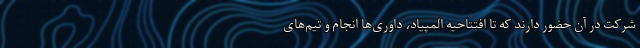
شرکت در آن حضور دارند که تا افتتاحیه المپیاد، داوری‌ها انجام و تیم‌های